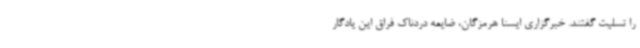
را تسلیت گفتند. خبرگزاری ایسنا هرمزگان، ضایعه دردناک فراق این یادگار